Report on malaria in the Punjab during the year ...  together with an account of the work of the Punjab Malaria Bureau - Volume 3
Disease focus: Malaria
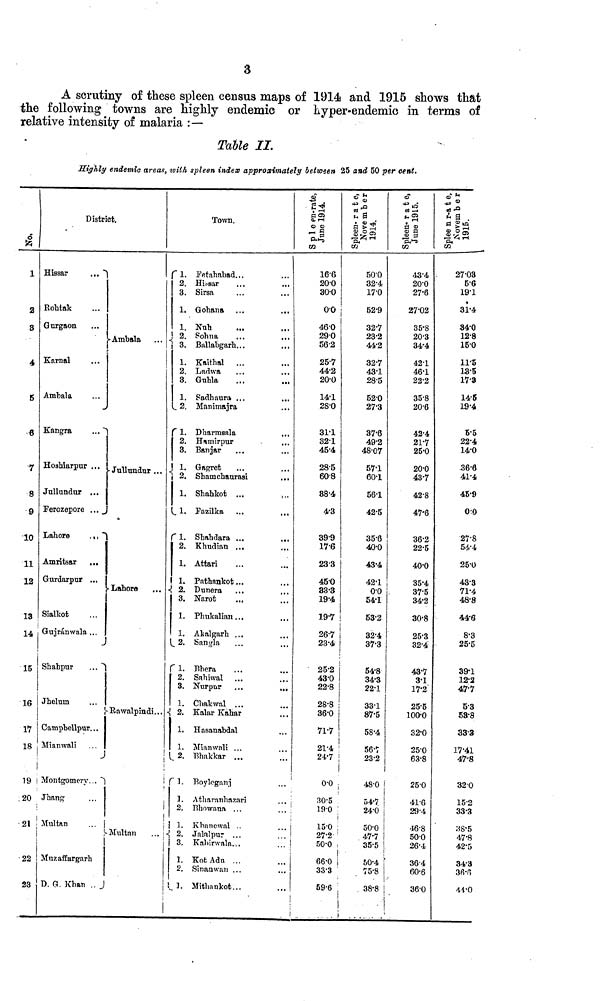
3
A scrutiny of these spleen census maps of 1914 and 1915 shows that
the following towns are highly endemic or hyper-endemic in terms of
relative intensity of malaria :—
Table II.
Highly endemic areas, with spleen index approximately between 25 and 50 per cent.
1
2
8
4
g
7
8
9
10
11
12
13
14
15
16
17
18
19
20
21
22
23
District.
Hissar
...
Rohtak
Gurgaon
Karnal
Ambala
Kangra
...
Hoshiarpur ...
Jallundur ...
Ferozepore ...
Lahore
...
Amritsar
...
Gurdarpur ...
Sialkot
Gujránwala ...
Shahpur
...
Jhelum
Campbellpur...
Miamvali
Montgomery...
Jhang
Multan
Muzaffargarh
D. G. Khan ..
Ambala
Jullundur ...
Labore
Rawalpindi...
Multan
...
Town.
1. Fetahabad...
2. Hissar
3. Sirsa
1. Gohana
1. Nub
2. Pobna
3. Ballabgarb...
1. Kaithal
2. Ladwa
...
...
3. Gubia
1. Sadhaura ...
2. Manimajra
1. Dharmsala
2. Hamirpur
3. Banjar
1. Gagret
2. Shamchaurasi
...
1. Shabkot ...
1. Fazilka ...
...
1. Shahdara ...
...
2. Khudian ...
1. Attari
1.
Pathankot...
2. Dunera
3. Narot
1. Phukalian ...
1. Akalgarh ...
2. Sangla
1. Bhera
2. Sahiwal ...
...
3. Nurpur
...
...
1. Chakwal ...
2. Kalar Kabar
1. Hasanabdal
1. Mianwali ...
2. Bhakkar ...
1. Boyloganj
1. Atharanliazari
2. Bhowana ...
1. Khanewal ..
2. Jalalpur ...
3. Kahirwala.
1. Kot Adu ...
2. Sinauwan ...
1.
Mitbankot...
Spleen-rate,
June 1914
16.6
20.0
30.0
0.0
46.0
290
56.2
25.7
44.2
20.0
14.1
28.0
31.1
32.1
45.4
28.5
60.8
88.4
4.3
399
17.6
233
450
83.3
19.4
19.7
26.7
23.4
25.2
43.0
22.8
28.8
36.0
71.7
21.4
24.7
0.0
30.5
19.0
15.0
27.2
50.0
66.0
333
59.6
Spleen-rate,
November
1914.
50.0
32.4
17'0
52.9
32.7
23.2
44.2
32.7
43.1
28.5
520
27.3
37.6
49.2
48.07
57.1
60.1
56.1
42.5
35.6
40.0
43.4
42.1
00
54.1
53.2
32.4
37'3
54.8
343
22.1
331
87.5
58.4
56.7
232
48.0
54.7
24.0
50.0
47.7
35.5
50.4
75.8
38.8
Spleen-rate,
June 1915.
43.4
20.0
27.6
27.02
35.8
20.3
34.4
42.1
46.1
22.2
35.8
20.6
42.4
21.7
25.0
20.0
43.7
42.8
47.6
36.2
22.5
40.0
35.4
37.5
34.2
30.8
25.3
32.4
43.7
3.1
17.2
25.5
100.0
32.0
25.0
63.8
25.0
41.6
29.4
16.8
50.0
26.4
36.4
60.6
36.0
Spleen-rate,
November
1915.
27.03
56
191
31.4
34.0
12.8
15.0
11.5
13.5
17.3
14.5
19.4
5.5
22.4
14.0
36.6
41.4
45.9
00
27.8
54.4
25.0
433
71.4
48.8
44.6
8.3
25.5
39.1
12.2
47.7
5.3
58.8
333
17.41
47.8
32.0
15.2
33.3
38.5
47.8
42.5
34.3
36.6
44.0